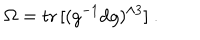
\Omega = \mathrm { t r } \, [ ( g ^ { - 1 } \mathrm { d } g ) ^ { \wedge 3 } ] ~ .